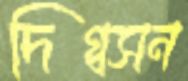
দিগ্বসন